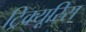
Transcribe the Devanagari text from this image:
ट्रिक्यूरिस